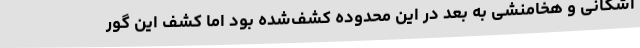
اشکانی و هخامنشی به بعد در این محدوده کشف‌شده بود اما کشف این گور